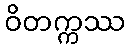
ဝိတက္ကဿ